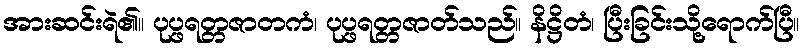
အားဆင်းရဲ၏။ ပုပ္ဖရတ္တဇာတကံ၊ ပုပ္ဖရတ္တဇာတ်သည်။ နိဋ္ဌိတံ၊ ပြီးခြင်းသို့ရောက်ပြီ။